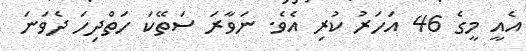
އެއީ މީގެ 46 އަހަރު ކުރި އެވެ. ނަވާރަ ސަތޭކަ ހަތްދިހަ ދެވަނަ